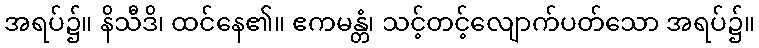
အရပ်၌။ နိသီဒိ၊ ထင်နေ၏။ ဧကမန္တံ၊ သင့်တင့်လျောက်ပတ်သော အရပ်၌။